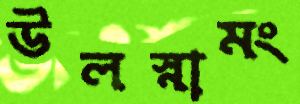
উলস্নামং